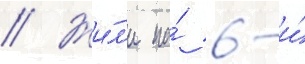
// Жи́л'и на́ 6-и́